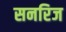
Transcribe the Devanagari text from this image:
सनरिज